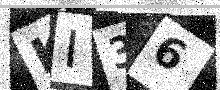
Text: KI36